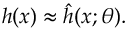
h ( x ) \approx \hat { h } ( x ; \theta ) .